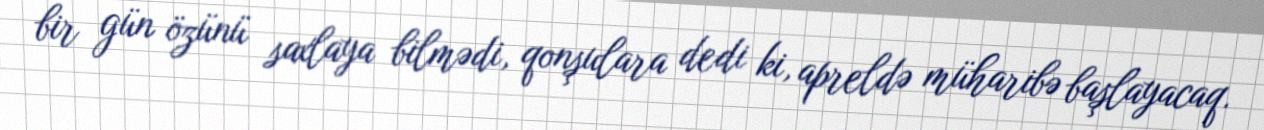
bir gün özünü saxlaya bilmədi, qonşulara dedi ki, apreldə müharibə başlayacaq.